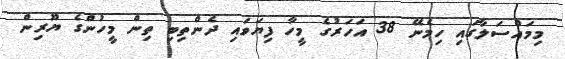
މިމައްސަލާގައި ހިމެނޭ 38 އަހަރުގެ މީހާ ފިޔަވައި ދެންތިބި ތިން މީހުންގެ ޔޫރިން